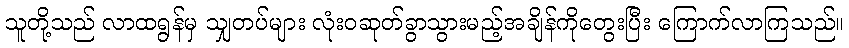
သူတို့သည် လာထရွန်မှ သျှတပ်များ လုံးဝဆုတ်ခွာသွားမည့်အချိန်ကိုတွေးပြီး ကြောက်လာကြသည်။